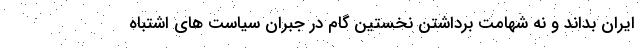
ایران بداند و نه شهامت برداشتن نخستین گام در جبران سیاست های اشتباه